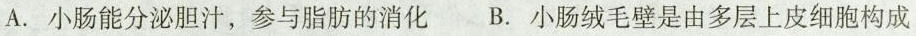
A.小肠能分泌胆汁，参与脂肪的消化 B.小肠绒毛壁是由多层上皮细胞构成